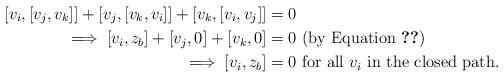
LaTeX: \begin{align*} [v_i,[v_j,v_k]]+[v_j,[v_k,v_i]]+[v_k,[v_i,v_j]] &=0 \\\implies [v_i,z_b]+[v_j,0]+[v_k,0] &=0 \mbox{ (by Equation \ref{2bracket})} \\\implies [v_i,z_b] &= 0 \mbox{ for all $v_i$ in the closed path}. \end{align*}